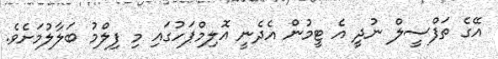
އޭގެ ތަފްސީލް ނުދީ އެ ޓީމުން އެދެނީ އޮލިމްޕަހުގައި މިި ފިލްމު ބަލާލުމަށެވެ.